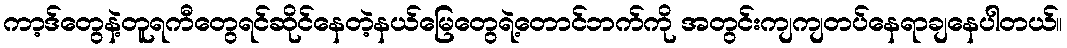
ကာ့ဒ်တွေနဲ့တူရကီတွေရင်ဆိုင်နေတဲ့နယ်မြေတွေရဲ့တောင်ဘက်ကို အတွင်းကျကျတပ်နေရာချနေပါတယ်။